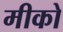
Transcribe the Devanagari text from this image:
मीको